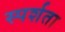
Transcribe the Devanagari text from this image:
स्पर्शता